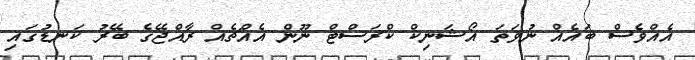
އެއްވެސް ބައެއް ނުވަތަ އޯޝަނިކް ކްރަސްޓް ނޫން އެއްޗެއް ރާއްޖޭގެ ބޭރު ކަނޑުގައި